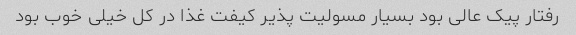
رفتار پیک عالی بود بسیار مسولیت پذیر کیفت غذا در کل خیلی خوب بود